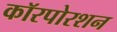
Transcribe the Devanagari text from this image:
कॉरपोरशन